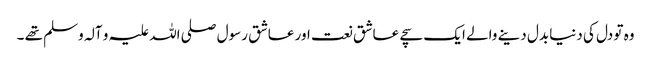
وہ تو دل کی دنیا بدل دینے والے ایک سچے عاشق نعت اور عاشق رسول صلی اللہ علیہ و آلہ وسلم تھے ۔